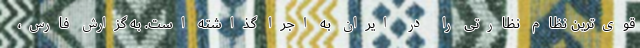
قوی‌ترین نظام نظارتی را در ایران به اجرا گذاشته است. به گزارش فارس،